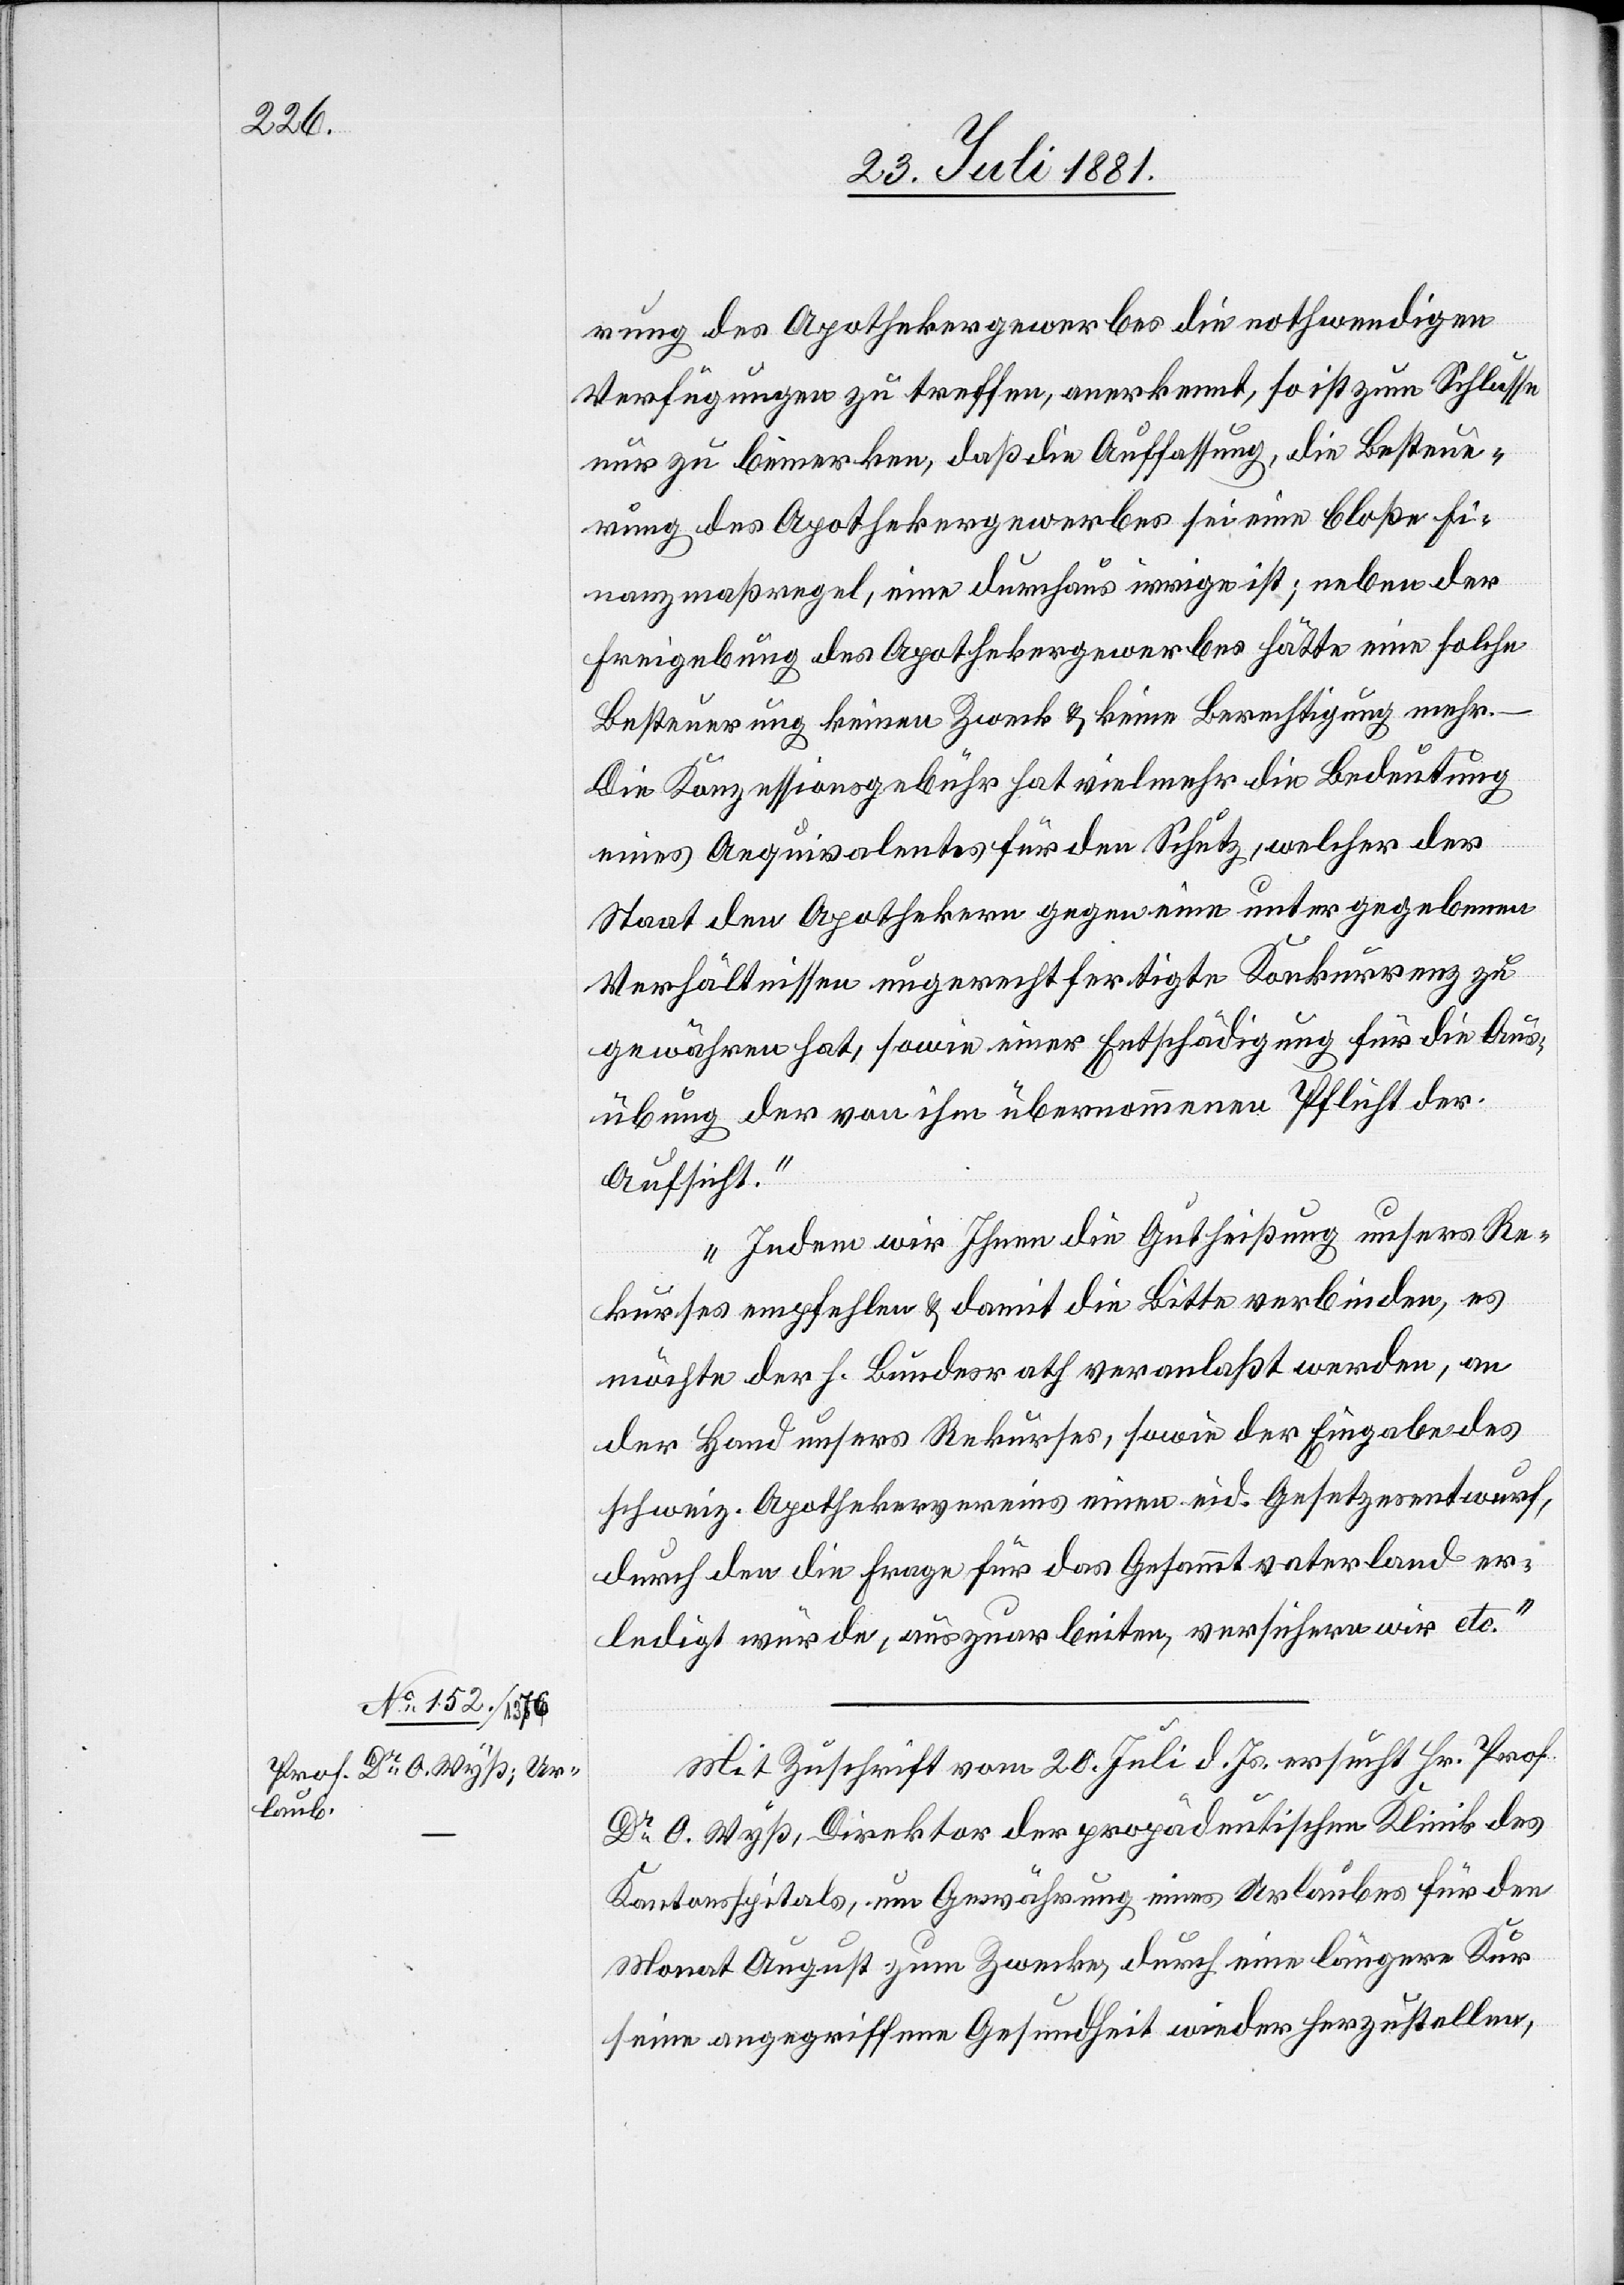
rung des Apothekergewerbes die nothwendigen
Verfügungen zu treffen, anerkennt, so ist zum Schlusse
nur zu bemerken, daß die Auffassung, die Besteue¬
rung des Apothekergewebes sei eine bloße Fi¬
nanzmaßregel, eine durchaus irrige ist; neben der
Freigebung des Apothekergewebes hätte eine solche
Besteuerung keinen Zweck & keine Berechtigung mehr.
Die Konzessionsgebühr hat vielmehr die Bedeutung
eines Aequivalentes für den Schutz, welcher der
Staat den Apothekern gegen eine unter gegebenen
Verhältnissen ungerechtfertigte Konkurrenz zu
gewähren hat, sowie einer Entschädigung für die Aus¬
übung der von ihm übernommenen Pflicht der
Aufsicht.
Indem wir Ihnen die Gutheißung unsers Re¬
kurses empfehlen & damit die Bitte verbinden, es
möchte der h. Bundesrath veranlaßt werden, an
der Hand unsers Rekurses, sowie der Eingabe des
schweiz. Apothekervereins einen eid. Gesetzesentwurf,
durch den die Frage für das Gesammtvaterland er¬
ledigt würde, auszuarbeiten, versichern wir etc.“
Mit Zuschrift vom 20. Juli d. Js. ersucht Hr. Prof.
Dr O. Wyß, Direktor der propädeutischen Klinik des
Kantonsspitals, um Gewährung eines Urlaubes für den
Monat August zum Zwecke, durch eine längere Kur
seine angegriffene Gesundheit wieder herzustellen,